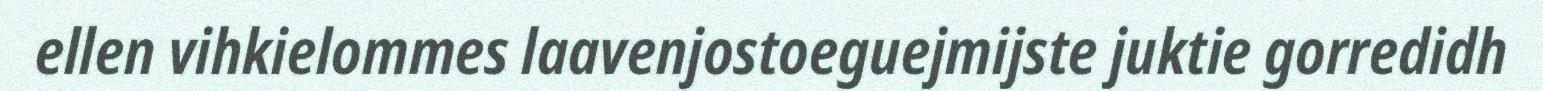
ellen vihkielommes laavenjostoeguejmijste juktie gorredidh